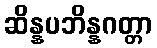
ဆိန္နပဘိန္နဂတ္တာ